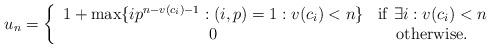
LaTeX: \begin{align*}u_n = \left\{ \begin{array}{cc} 1+ \max\{ ip^{n-v(c_i)-1} : (i,p)=1: v(c_i)<n\} & \mathrm{if\ }\exists i: v(c_{i})<n \\0 & \mathrm{otherwise}. \end{array} \right.\end{align*}